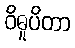
ဝိဓူပိတာ